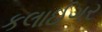
કલાઈગર